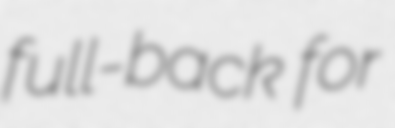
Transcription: full-back for